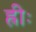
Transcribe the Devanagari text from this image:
ह्रीः